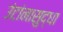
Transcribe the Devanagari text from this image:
उंटांनासुद्धा